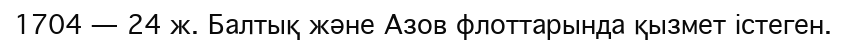
1704 — 24 ж. Балтық және Азов флоттарында қызмет істеген.